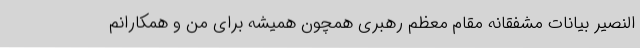
النصیر بیانات مشفقانه مقام معظم رهبری همچون همیشه برای من و همکارانم